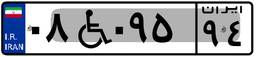
۰۸W۰۹۵۹۴